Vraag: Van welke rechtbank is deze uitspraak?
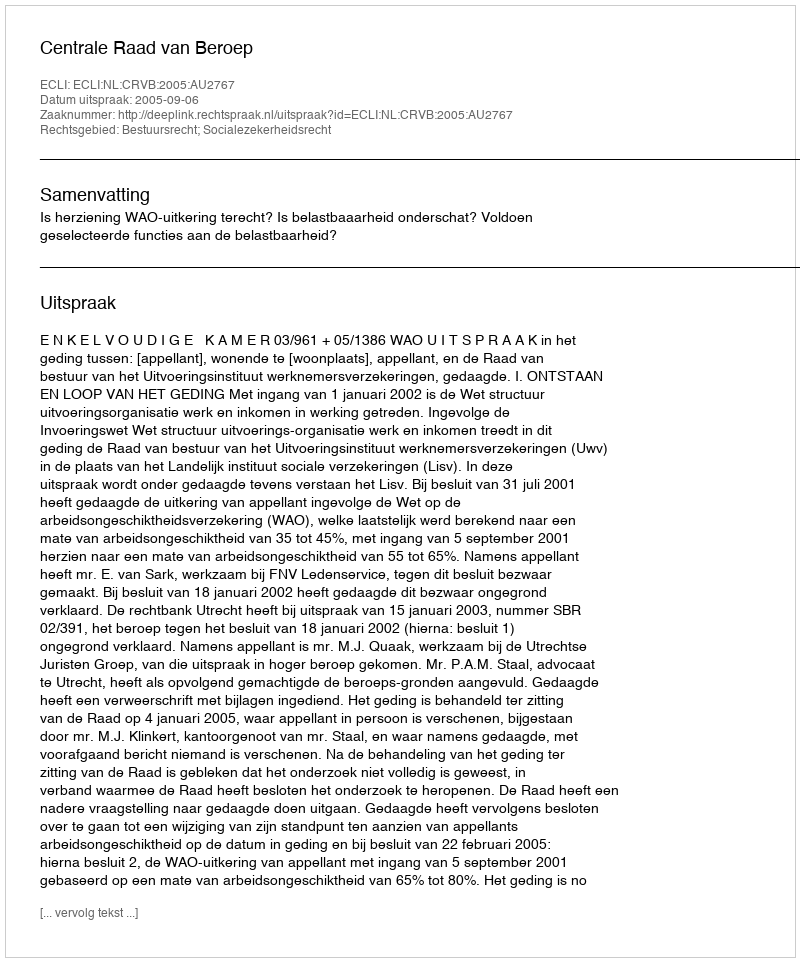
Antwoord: Centrale Raad van Beroep